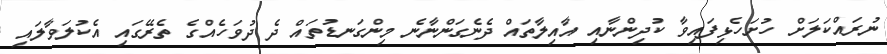
ނުރައްކަލަށް ހުށަހެޅިފައިވާ ކުދިންނާއި އާއިލާތައް ދެނެގަންނާނެ މިންގަނޑުތައް ދެ ދުވަހެއްގެ ތެރޭގައި އެކުލަވާލައި